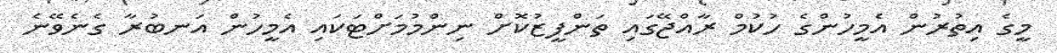
މީގެ އިތުރުން އެމީހުންގެ ހުކުމް ރާއްޖޭގައި ތަންފީޒުކޮށް ނިންމުމަށްޓަކައި އެމީހުން އަނބުރާ ގެނެވޭނެ